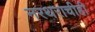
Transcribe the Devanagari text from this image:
नरथराचीही